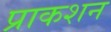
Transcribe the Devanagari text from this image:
प्राकशन